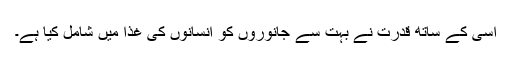
اسی کے ساتھ قدرت نے بہت سے جانوروں کو انسانوں کی غذا میں شامل کیا ہے۔